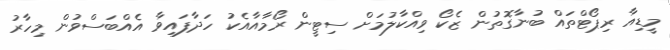
މީޑިއާ ރިޕޯޓްތައް ބުނާގޮތުން ޒެކޯ ވިއްކާލުމަށް ސިޓީން ރޯމާއާއެކު ހަދާފައިވާ އެއްބަސްވުން މިހާރު